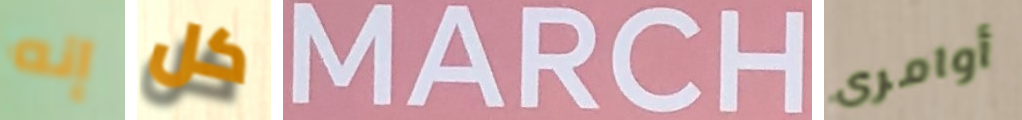
إنه كل MARCH أوامرى